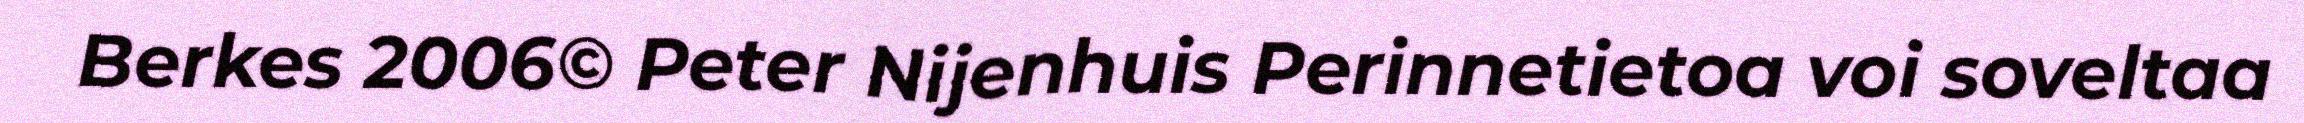
Berkes 2006© Peter Nijenhuis Perinnetietoa voi soveltaa